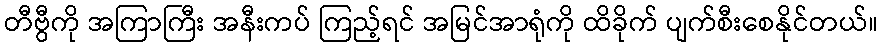
တီဗွီကို အကြာကြီး အနီးကပ် ကြည့်ရင် အမြင်အာရုံကို ထိခိုက် ပျက်စီးစေနိုင်တယ်။